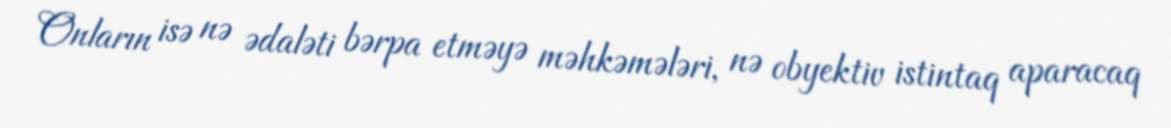
Onların isə nə ədaləti bərpa etməyə məhkəmələri, nə obyektiv istintaq aparacaq